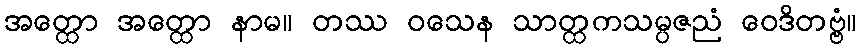
အတ္ထော အတ္ထော နာမ။ တဿ ဝသေန သာတ္ထကသမ္ပဇညံ ဝေဒိတဗ္ဗံ။